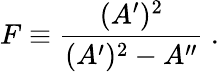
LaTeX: F\equiv{\frac{(A^{\prime})^{2}}{(A^{\prime})^{2}-A^{\prime\prime}}}~.